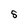
Character: S